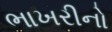
ભાખરીનો